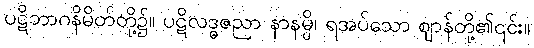
ပဋိဘာဂနိမိတ်တို့၌။ ပဋိလဒ္ဓဇညာ နာနမ္ပိ၊ ရအပ်သော ဈာန်တို့၏၎င်း။